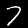
Label: 7